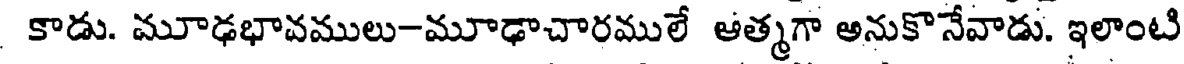
కాడు. మూఢభావములు-మూఢాచారములే ఆత్మగా అనుకొనేవాడు. ఇలాంటి